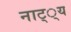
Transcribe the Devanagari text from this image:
नाट््य